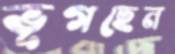
ভূগছেন